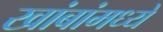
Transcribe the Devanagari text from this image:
खांबांमध्ये